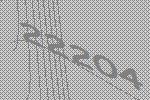
22204